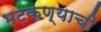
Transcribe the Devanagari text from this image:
भटकण्याची